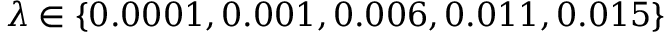
\lambda \in \{ 0 . 0 0 0 1 , 0 . 0 0 1 , 0 . 0 0 6 , 0 . 0 1 1 , 0 . 0 1 5 \}